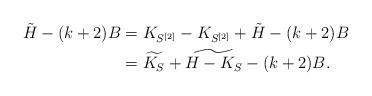
LaTeX: \begin{align*}\tilde H -(k+2)B&= K_{S^{[2]}}-K_{S^{[2]}}+ \tilde H -(k+2)B\\&=\widetilde{K_S}+ \widetilde{H-K_S}-(k+2)B.\end{align*}